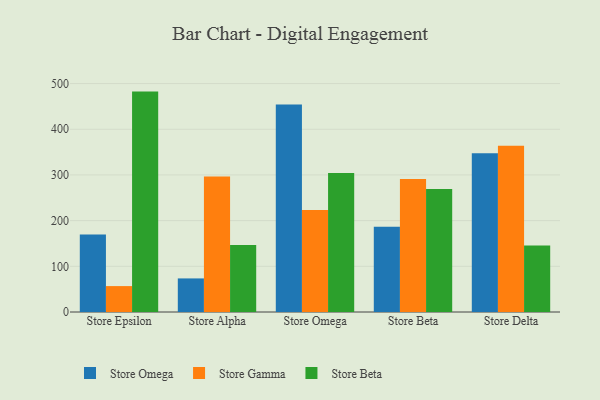
{"axis": {"x": "Store", "y": "Revenue (USD Million)"}, "legend": ["Store Beta", "Store Gamma", "Store Omega"], "data": [{"x": "Store Epsilon", "y": 169.9, "type": "Store Omega"}, {"x": "Store Epsilon", "y": 56.7, "type": "Store Gamma"}, {"x": "Store Epsilon", "y": 482.4, "type": "Store Beta"}, {"x": "Store Alpha", "y": 73.5, "type": "Store Omega"}, {"x": "Store Alpha", "y": 296.5, "type": "Store Gamma"}, {"x": "Store Alpha", "y": 146.4, "type": "Store Beta"}, {"x": "Store Omega", "y": 454.2, "type": "Store Omega"}, {"x": "Store Omega", "y": 223.0, "type": "Store Gamma"}, {"x": "Store Omega", "y": 304.0, "type": "Store Beta"}, {"x": "Store Beta", "y": 186.6, "type": "Store Omega"}, {"x": "Store Beta", "y": 291.3, "type": "Store Gamma"}, {"x": "Store Beta", "y": 269.1, "type": "Store Beta"}, {"x": "Store Delta", "y": 347.2, "type": "Store Omega"}, {"x": "Store Delta", "y": 363.7, "type": "Store Gamma"}, {"x": "Store Delta", "y": 145.3, "type": "Store Beta"}]}